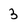
Character: 3